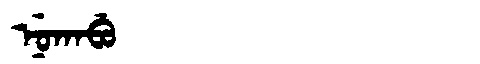
Manchu: ᠨᡠᡴᠠᠪᡠ
Romanization: NUKABU